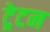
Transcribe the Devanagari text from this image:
ट्रेटन